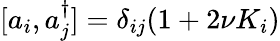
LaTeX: [a_{i},a_{j}^{\dagger}]=\delta_{ij}(1+2\nu K_{i})